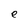
Character: e